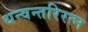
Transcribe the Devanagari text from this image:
धन्वन्तरिरत्न